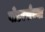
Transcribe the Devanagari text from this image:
वाँडरर्सच्या